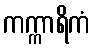
ကက္ကာရိကံ